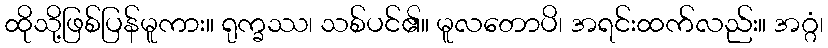
ထိုသို့ဖြစ်ပြန်မူကား။ ရုက္ခဿ၊ သစ်ပင်၏။ မူလတောပိ၊ အရင်းထက်လည်း။ အဂ္ဂံ၊